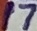
Text: 17